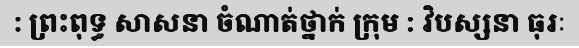
: ព្រះពុទ្ធ សាសនា ចំណាត់ថ្នាក់ ក្រុម : វិបស្សនា ធុរៈ